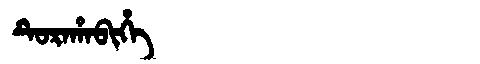
Manchu: ᡨᡠᡵᠠᡥᠠᠪᡳᡥᡝ
Romanization: TURAHABIHE